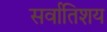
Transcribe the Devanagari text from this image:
सर्वातिशय